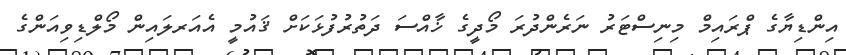
އިންޑިޔާގެ ޕްރައިމް މިނިސްޓަރު ނަރެންދުރަ މޯދީގެ ޚާއްސަ ދަތުރުފުޅަކަށް ޤައުމީ އެއަރލައިން މޯލްޑިވިއަންގެ